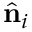
\hat { \mathbf { n } } _ { i }